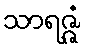
သာရဇ္ဇံ